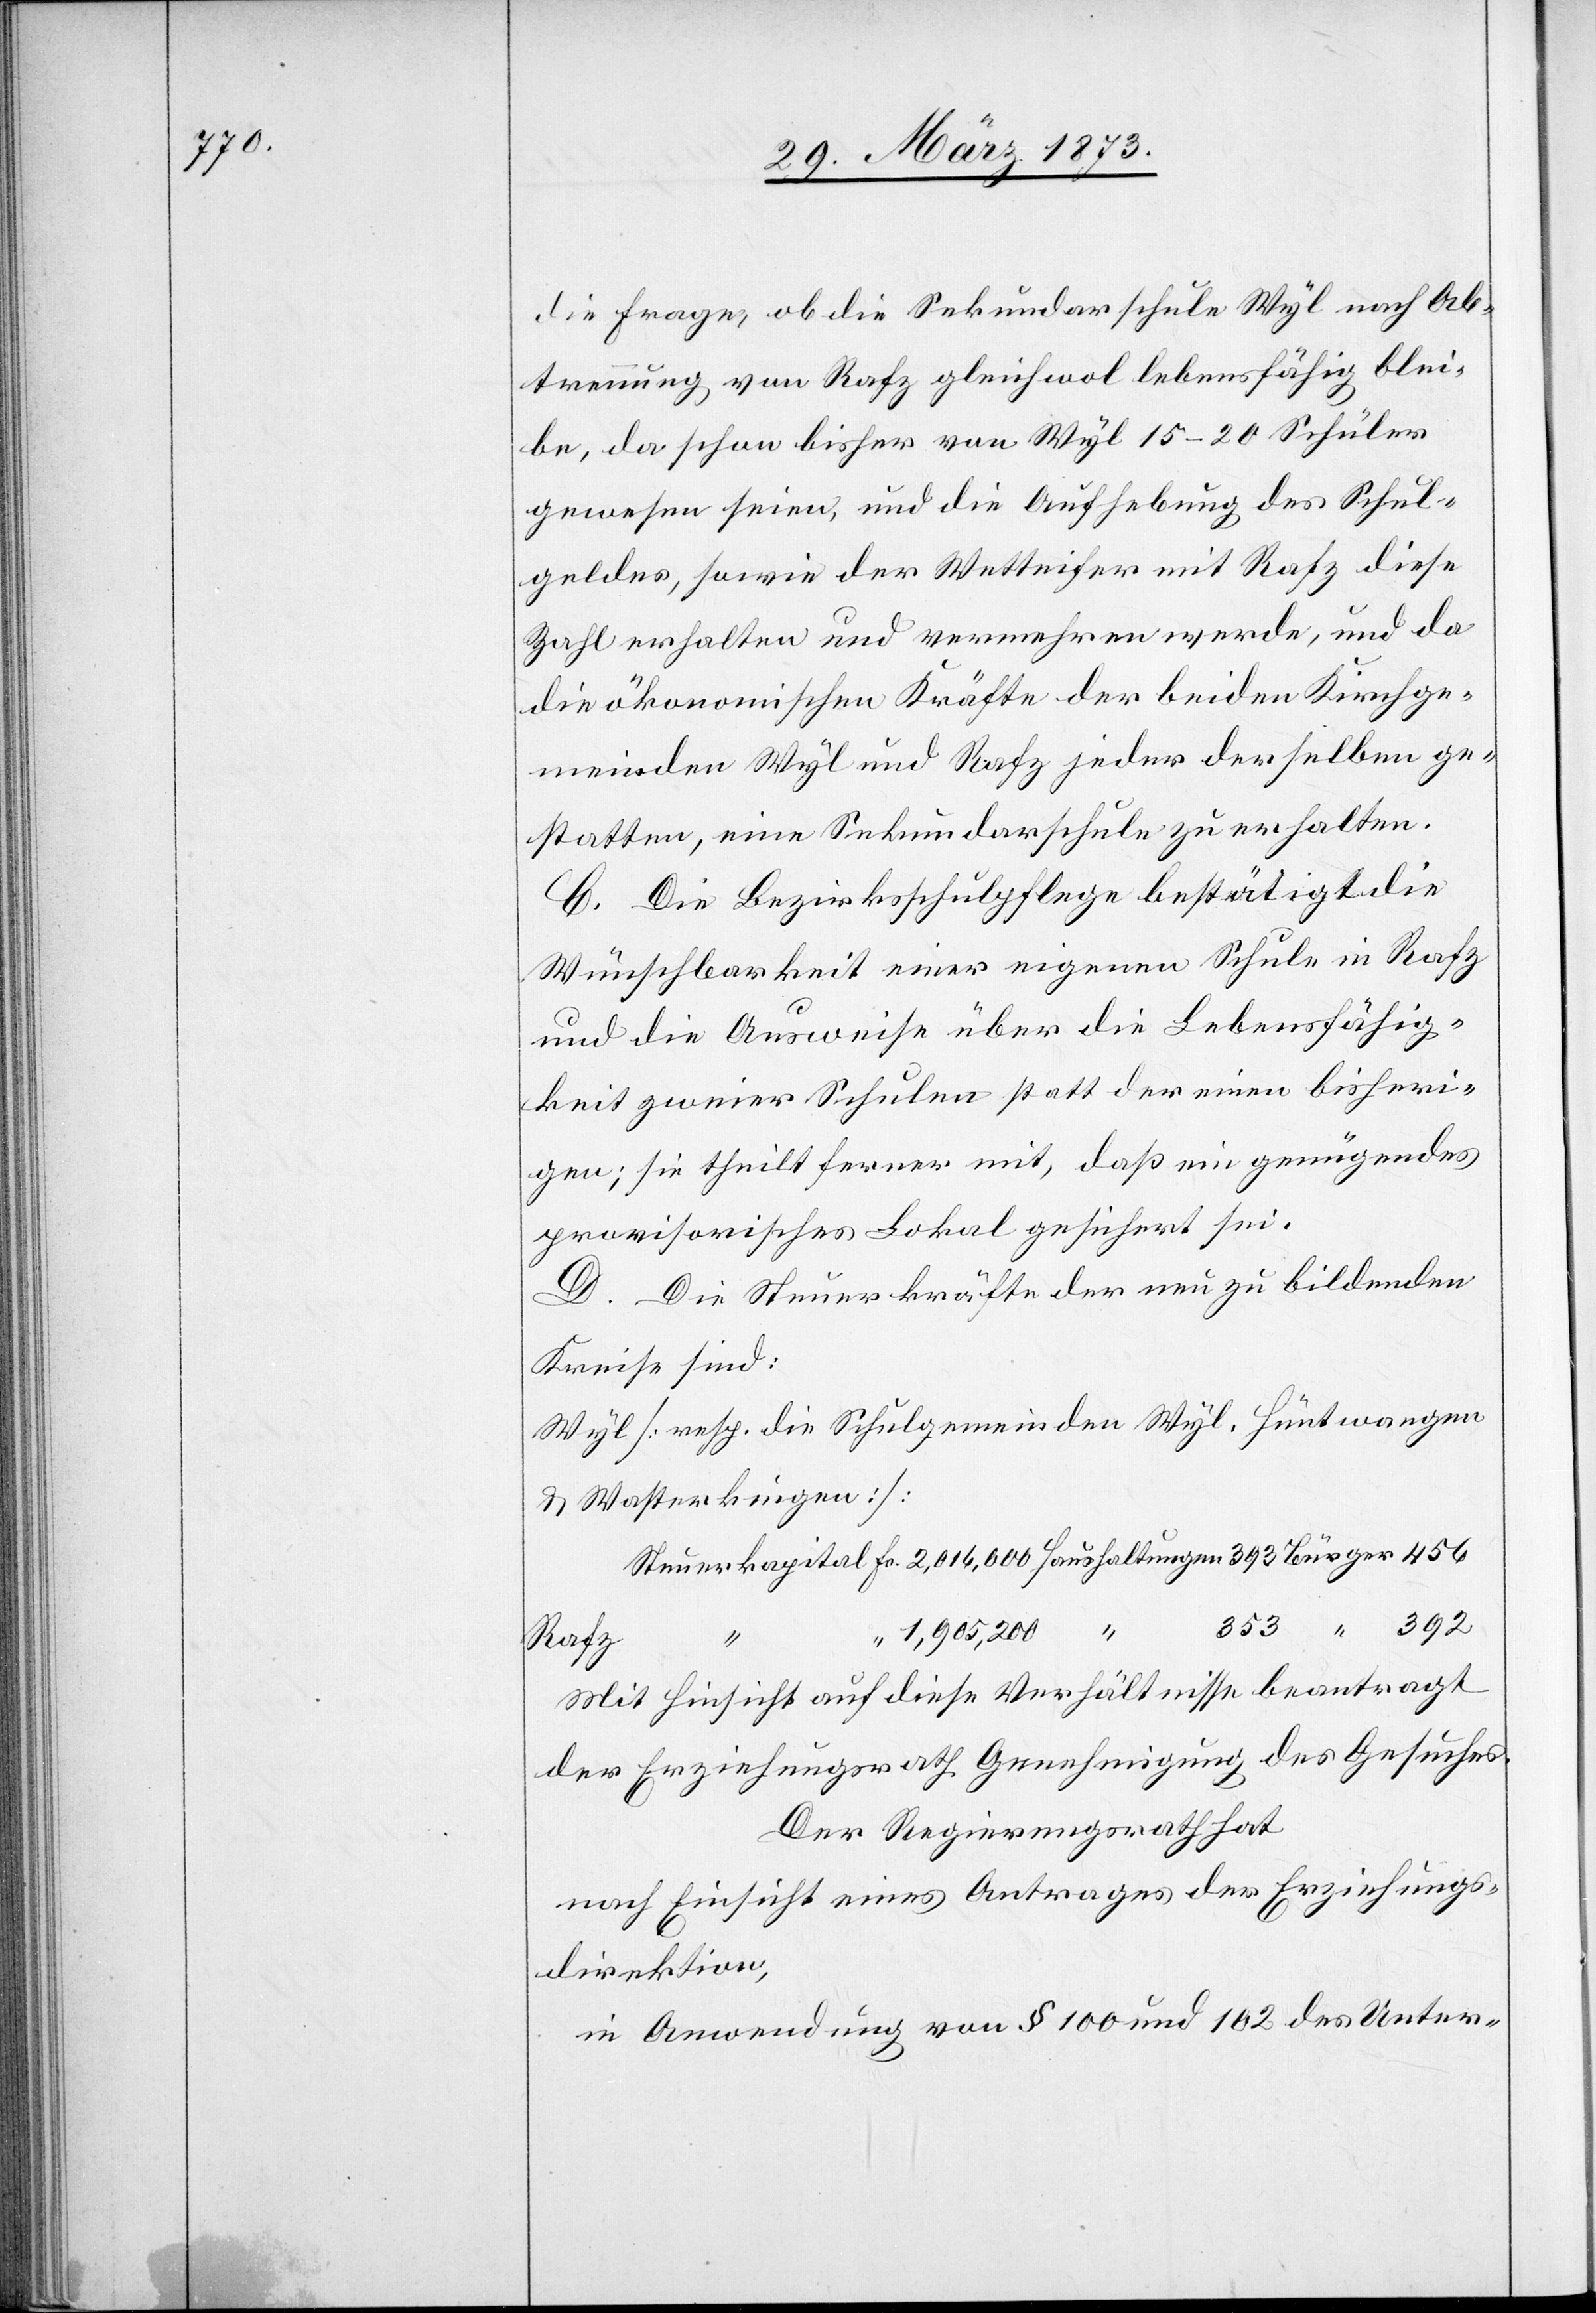
die Frage, ob die Sekundarschule Wyl nach Ab¬
trennung vom Rafz gleichwol lebensfähig blei¬
be, da schon bisher von Wyl 15–20 Schüler
gewesen seien, und die Aufhebung des Schul¬
geldes, sowie der Wetteifer mit Rafz diese
Zahl erhalten und vermehren werde, und da
die ökonomischen Kräfte der beiden Kirchge¬
meinden Wyl und Rafz jeder derselben ge¬
statten, eine Sekundarschule zu erhalten.
C. Die Bezirksschulpflege bestätigt die
Wünschbarkeit einer eigenen Schule in Rafz
und die Ausweise über die Lebensfähig¬
keit zweier Schulen statt der einen bisheri¬
gen; sie theilt ferner mit, daß ein genügendes
provisorisches Lokal gesichert sei.
D. Die Steuerkräfte der neu zu bildenden
Kreise sind:
Wyl [resp. die Schulgemeinden Wyl, Hüntwangen
u. Wasterkingen]:
Steuerkapital Fr. 2,016,000[,] Haushaltungen 393[,] Bürger 456
353 “ 392
“ 1,905,200 “
Rafz
Mit Hinsicht auf diese Verhältnisse beantragt
der Erziehungsrath Genehmigung des Gesuches.
Der Regierungsrath hat
nach Einsicht eines Antrages der Erziehungs¬
direktion,
in Anwendung von § 100 und 102 des Unter-